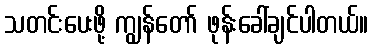
သတင်းပေးဖို့ ကျွန်တော် ဖုန်းခေါ်ချင်ပါတယ်။